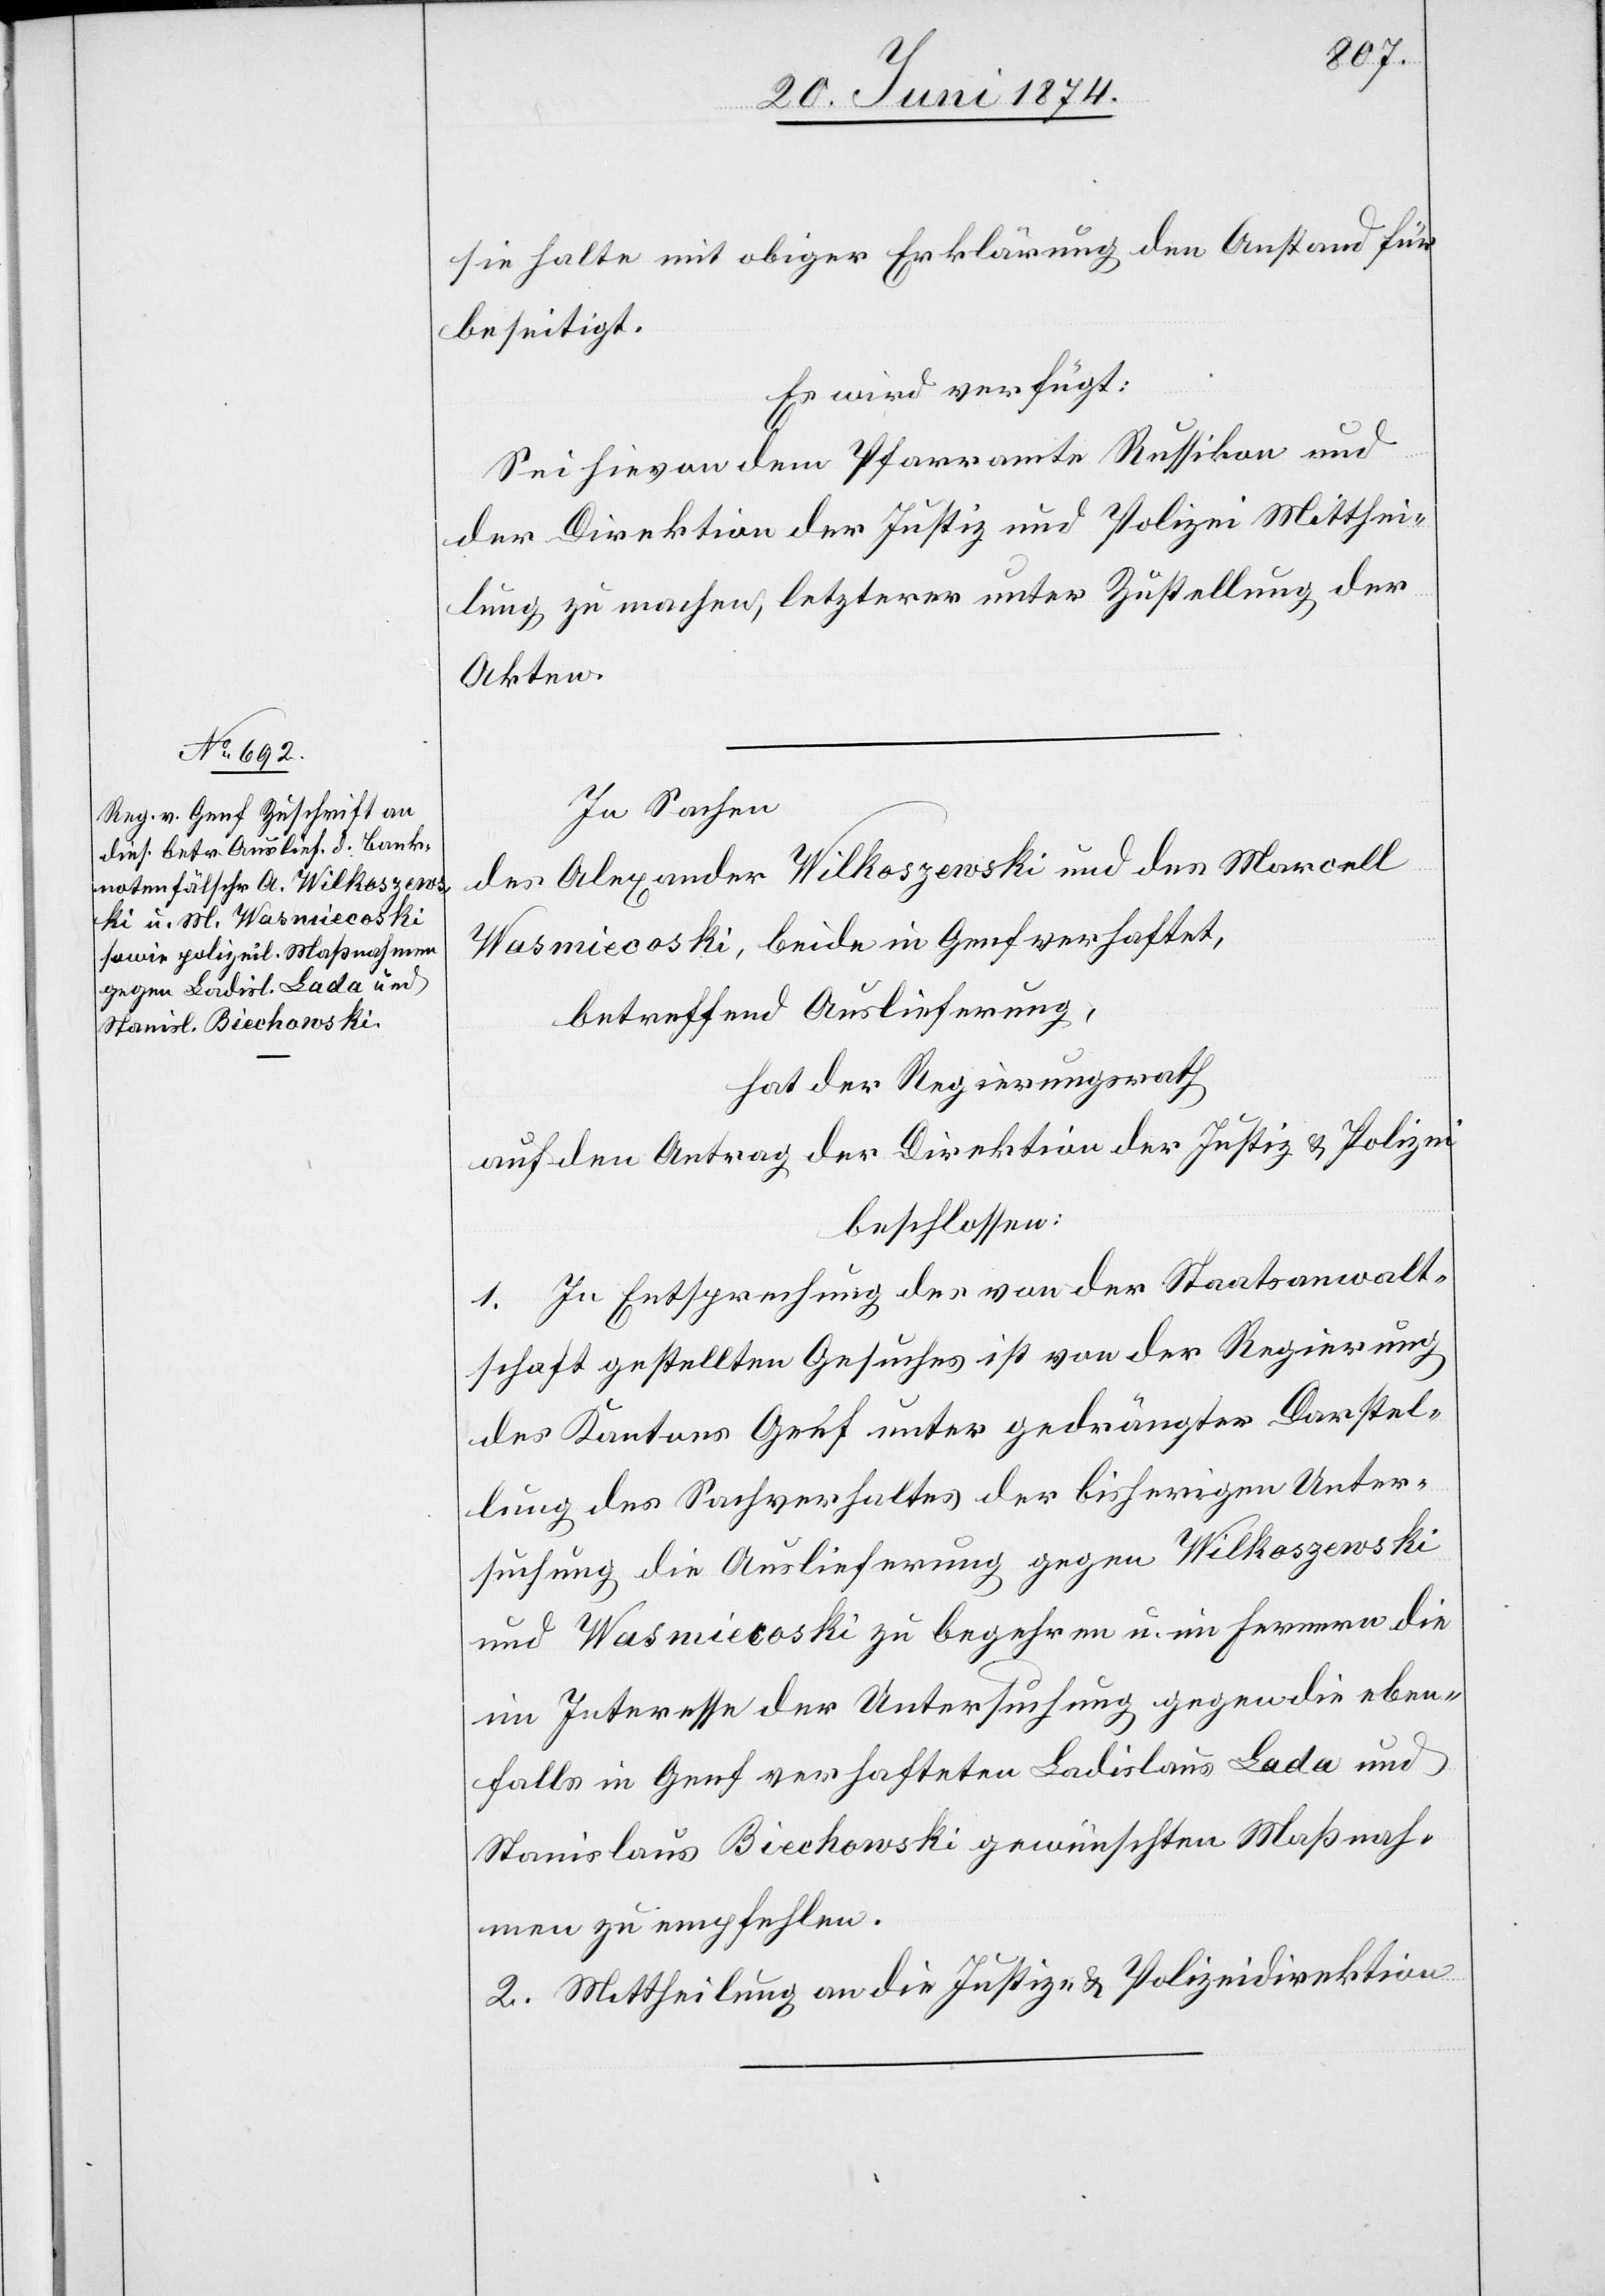
25. Juni 1874.]
sie halte mit obiger Erklärung den Anstand für
beseitigt.
Es wird verfügt:
Sei hievon dem Pfarramte Russikon und
der Direktion der Justiz und Polizei Mitthei¬
lung zu machen, letzterer unter Zustellung der
Akten.
In Sachen
des Alexander Wilkoszewski und des Marcell
Wasmiecoski, beide in Genf verhaftet,
betreffend Auslieferung,
hat der Regierungsrath
auf den Antrag der Direktion der Justiz u. Polizei
beschlossen:
1. In Entsprechung des von der Staatsanwalt¬
schaft gestellten Gesuches ist von der Regierung
des Kantons Genf unter gedrängter Darstel¬
lung des Sachverhaltes der bisherigen Unter¬
suchung die Auslieferung gegen Wilkoszewski
und Wasmiecoski zu begehren u. im Ferneren die
im Interesse der Untersuchung gegen die eben¬
falls in Genf verhafteten Ladislaus Lada und
Stanislaus Biechowski gewünschten Maßnah¬
men zu empfehlen.
2. Mittheilung an die Justiz- u. Polizeidirektion.